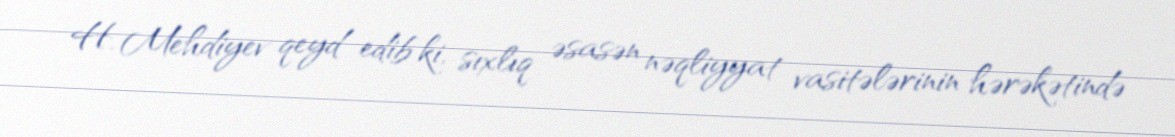
H. Mehdiyev qeyd edib ki, sıxlıq əsasən nəqliyyat vasitələrinin hərəkətində